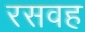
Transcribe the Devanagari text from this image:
रसवह